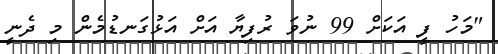
"މަހު ފީ އަކަށް 99 ނުވަ ރުފިޔާ އަށް އަޅުގަނޑުމެން މި ދެނީ